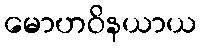
မောဟဝိနယာယ